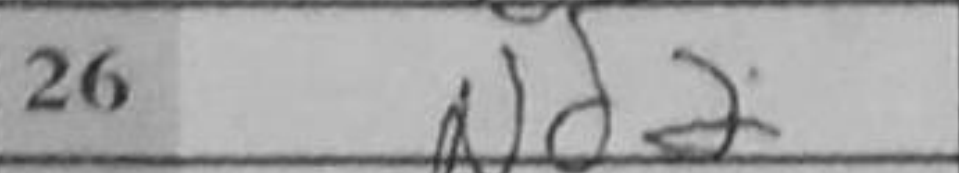
Transcription: Nd2